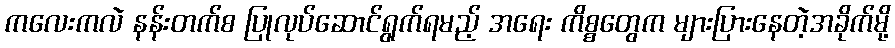
ကလေးကလဲ နန်းတက်စ ပြုလုပ်ဆောင်ရွက်ရမည့် အရေး ကိစ္စတွေက များပြားနေတဲ့အခိုက်မို့